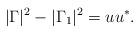
LaTeX: \begin{align*} |\Gamma|^2 - |\Gamma_1|^2 = uu^* . \end{align*}